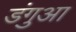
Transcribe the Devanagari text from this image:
डंगुआ